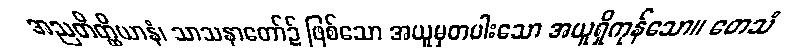
အညတိတ္ထိယာနံ၊ သာသနာတော်၌ ဖြစ်သော အယူမှတပါးသော အယူရှိကုန်သော။ တေသံ